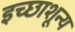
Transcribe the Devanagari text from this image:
इच्छाशून्य